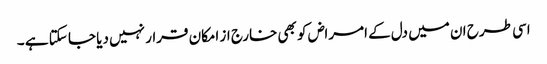
اسی طرح ان میں دل کے امراض کو بھی خارج از امکان قرار نہیں دیا جا سکتا ہے ۔